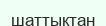
шаттықтан